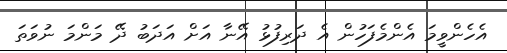
އެހެންވީމަ އެންމެފަހުން އެ ދަރިފުޅު އޭނާ އަށް އަދަބު ދޭ މަންމަ ނުވަތަ